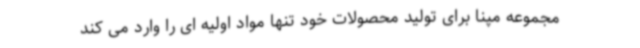
مجموعه مپنا برای تولید محصولات خود تنها مواد اولیه ای را وارد می کند